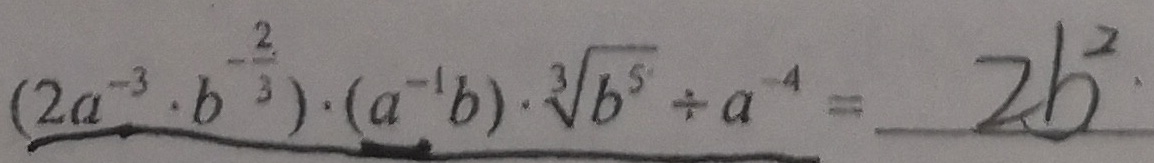
( 2 a ^ { - 3 } \cdot b ^ { - \frac { 2 } { 3 } } ) \cdot ( a ^ { - 1 } b ) \cdot \sqrt [ 3 ] { 5 } \div a ^ { - 4 } = 2 b ^ { 2 }